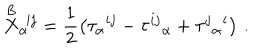
LaTeX: \stackrel { \mathrm { B } } { X } _ { \alpha } { } ^ { \! i j } = \frac { 1 } { 2 } \left( \tau _ { \alpha } { } ^ { i j } - \tau ^ { i j } { } _ { \alpha } + \tau ^ { j } { } _ { \alpha } { } ^ { i } \right) \, .